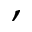
,